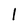
Character: 1